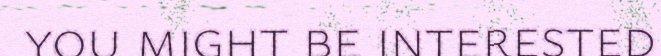
you might be interested